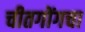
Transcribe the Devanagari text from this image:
चीतगोंगचा